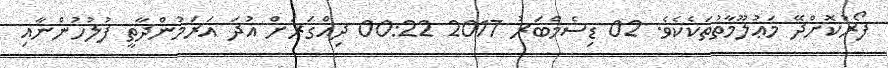
ފޯރުކޮށްދޭ މަޢުލޫމާތުތަކެކެވެ. 02 ޑިސެމްބަރު 2017 00:22 ދިއްގަރަށް އުދަ އަރަމުންދާތީ ފުލުހުންނާއި